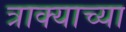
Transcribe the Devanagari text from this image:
त्राक्याच्या